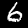
Label: 6